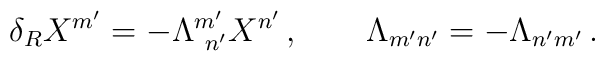
\delta_R X^{m'}= -\Lambda^{m'}_{\ n'} X^{n'}\,,\qquad \Lambda_{m'n'} = -\Lambda_{n'm'}\,.